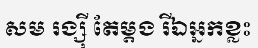
សម រង្ស៊ី តែម្តង រីឯអ្នកខ្លះ